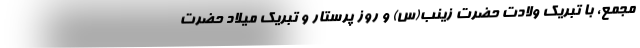
مجمع، با تبریک ولادت حضرت زینب(س) و روز پرستار و تبریک میلاد حضرت